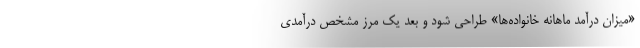
«میزان درآمد ماهانه خانواده‌ها» طراحی شود و بعد یک مرز مشخص درآمدی